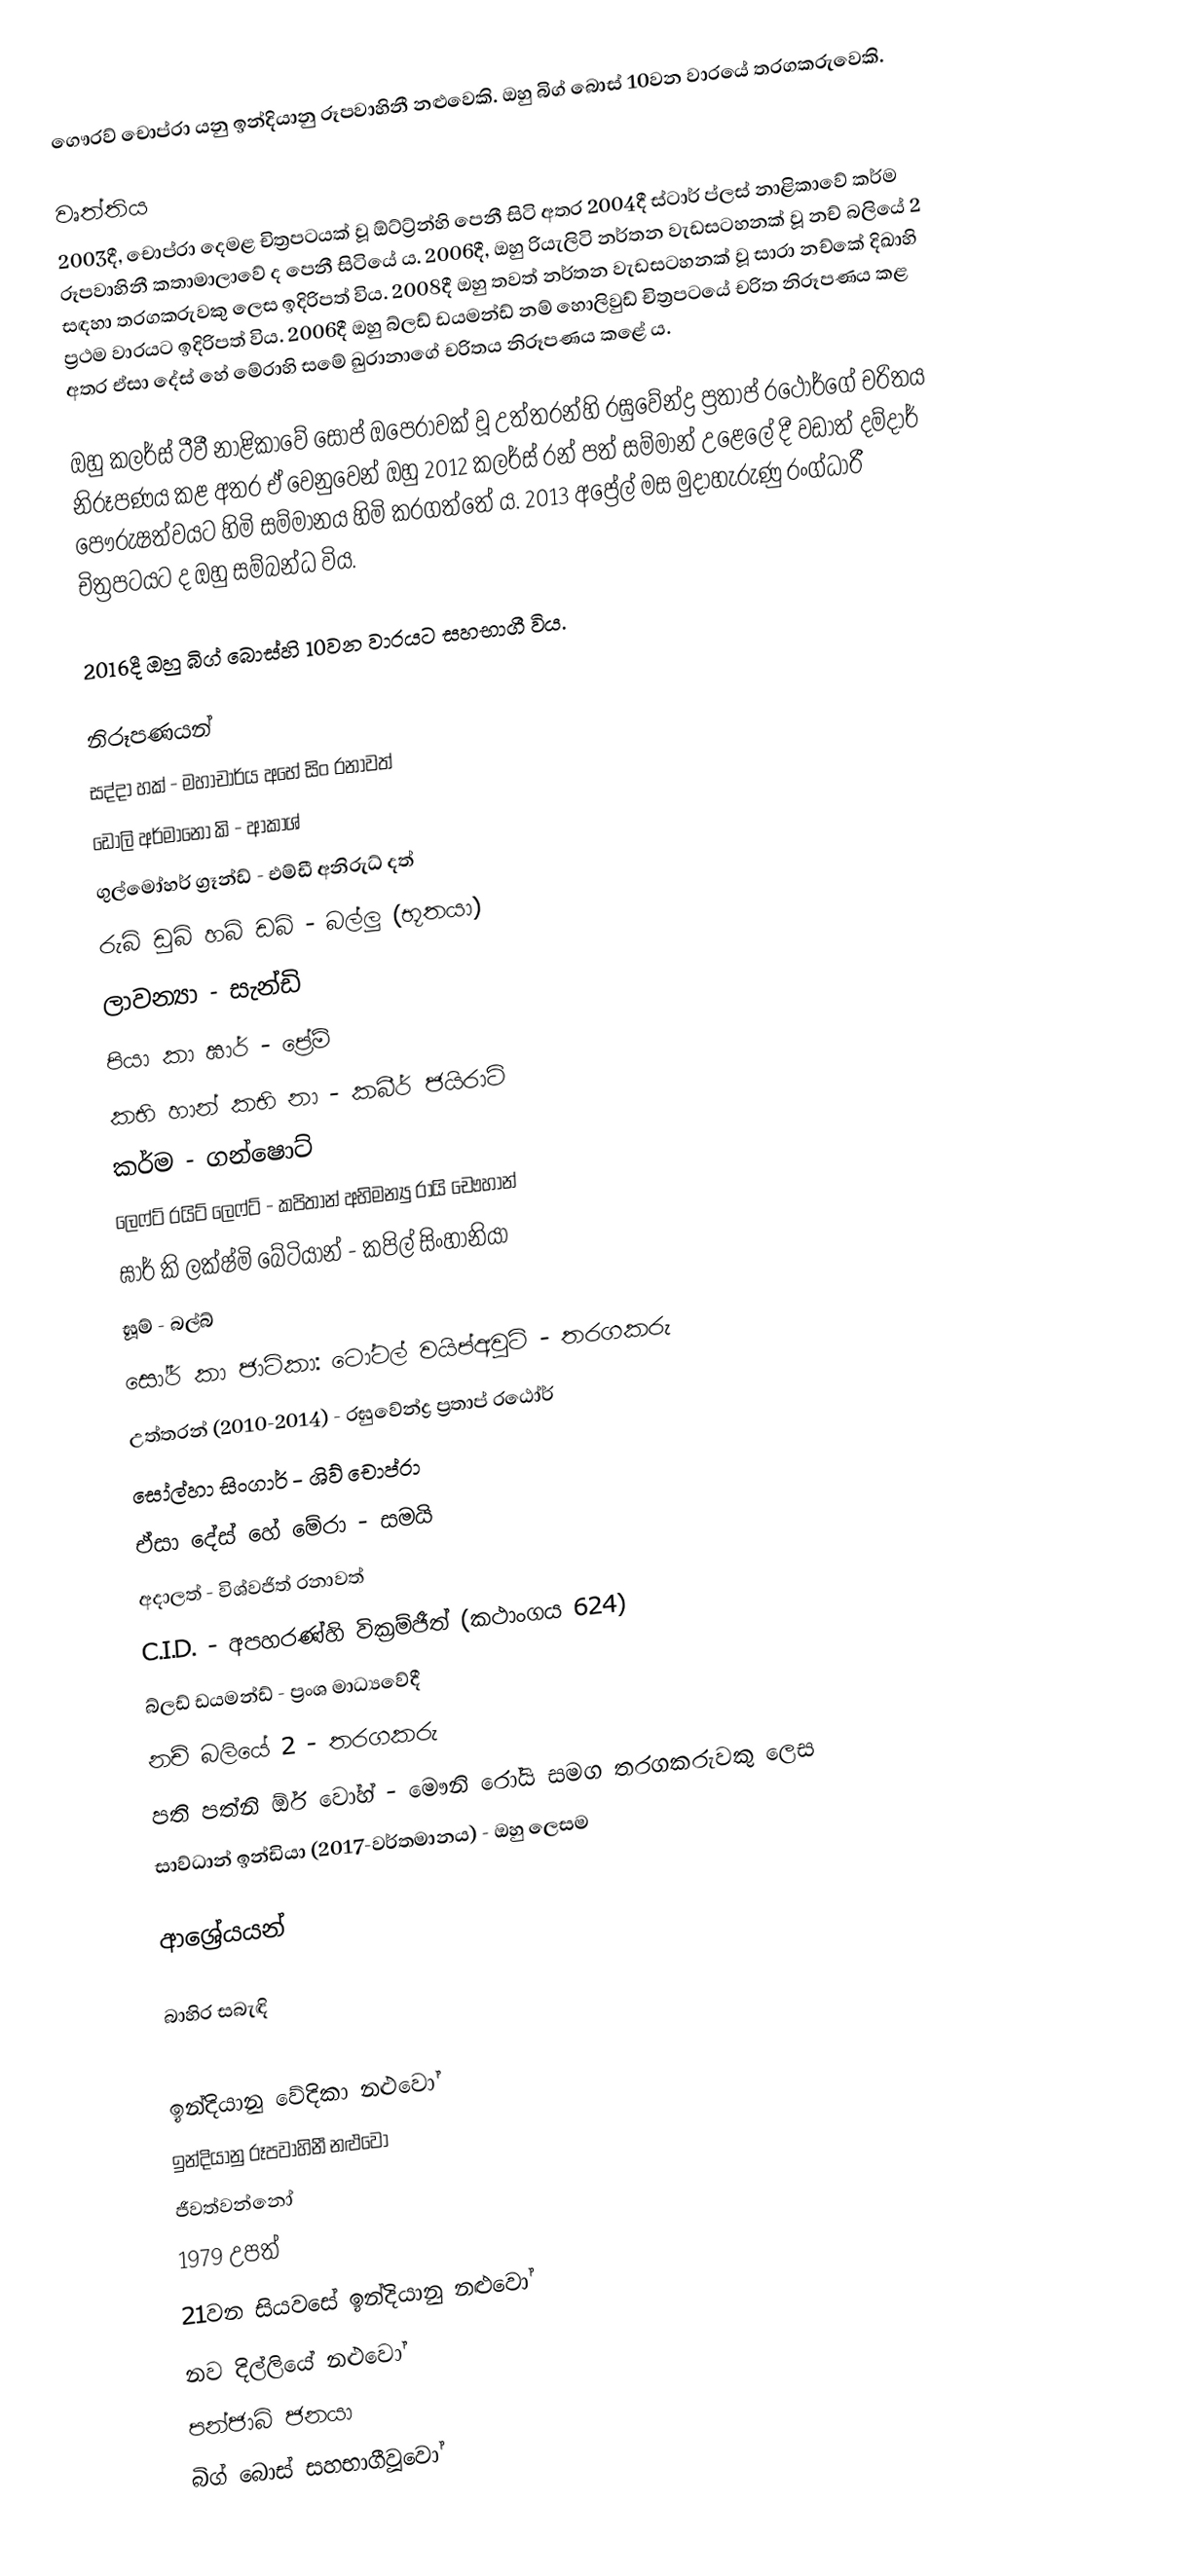
ගෞරව් චොප්රා යනු ඉන්දියානු රූපවාහිනී නළුවෙකි. ඔහු බිග් බොස් 10වන වාරයේ තරගකරුවෙකි.

වෘත්තිය
2003දී, චොප්රා දෙමළ චිත්‍රපටයක් වූ ඕට්ට්‍ර්න්හි පෙනී සිටි අතර 2004දී ස්ටාර් ප්ලස් නාළිකාවේ කර්ම රූපවාහිනී කතාමාලාවේ ද පෙනී සිටියේ ය. 2006දී, ඔහු රියැලිටි නර්තන වැඩසටහනක් වූ නච් බලියේ 2 සඳහා තරගකරුවකු ලෙස ඉදිරිපත් විය. 2008දී ඔහු තවත් නර්තන වැඩසටහනක් වූ සාරා නච්කේ දිඛාහි ප්‍රථම වාරයට ඉදිරිපත් විය. 2006දී ඔහු බ්ලඩ් ඩයමන්ඩ් නම් හොලිවුඩ් චිත්‍රපටයේ චරිත නිරූපණය කළ අතර ඒසා දේස් හේ මේරාහි සමේ ඛුරානාගේ චරිතය නිරූපණය කළේ ය.

ඔහු කලර්ස් ටීවී නාළිකාවේ සෝප් ඔපෙරාවක් වූ උත්තරන්හි රඝුවේන්ද්‍ර ප්‍රතාප් රථෝර්ගේ චරිතය නිරූපණය කළ අතර ඒ වෙනුවෙන් ඔහු 2012 කලර්ස් රන් පත් සම්මාන් උළෙලේ දී වඩාත් දම්දාර් පෞරුෂත්වයට හිමි සම්මානය හිමි කරගත්තේ ය. 2013 අප්‍රේල් මස මුදාහැරුණු රංග්ධාරී චිත්‍රපටයට ද ඔහු සම්බන්ධ විය.

2016දී ඔහු බිග් බොස්හි 10වන වාරයට සහභාගී විය.

නිරූපණයන්
 සද්දා හක් - මහාචාර්ය අභේ සිං රනාවත්
 ඩෝලි අර්මානෝ කි - ආකාශ්
 ගුල්මෝහර් ග්‍රෑන්ඩ් - එම්ඩී අනිරුධ් දත්
 රුබි ඩුබි හබ් ඩබ් - බල්ලු (භූතයා)
 ලාවන්‍යා - සැන්ඩි
 පියා කා ඝාර් - ප්‍රේම්
 කභි හාන් කභි නා - කබීර් ජයිරාට්
 කර්ම - ගන්ෂොට්
 ලෙෆ්ට් රයිට් ලෙෆ්ට් - කපිතාන් අභිමන්‍යු රායි චෞහාන්
 ඝාර් කි ලක්ෂ්මි බේටියාන් - කපිල් සිංහානියා
 ඝූම් - බල්බ්
 සෝර් කා ජාට්කා: ටෝටල් වයිප්අවුට් - තරගකරු
 උත්තරන් (2010-2014) - රඝුවේන්ද්‍ර ප්‍රතාප් රඨෝර්
 සෝල්හා සිංගාර් - ශිව් චොප්රා
 ඒසා දේස් හේ මේරා - සමයි
 අදාලත් - විශ්වජිත් රනාවත්
  C.I.D. - අපහරණ්හි වික්‍රම්ජීත් (කථාංගය 624)
 බ්ලඩ් ඩයමන්ඩ් - ප්‍රංශ මාධ්‍යවේදී
 නච් බලියේ 2 - තරගකරු
 පති පත්නි ඕර් වෝහ් - මෞනි රෝයි සමග තරගකරුවකු ලෙස
 සාව්ධාන් ඉන්ඩියා (2017-වර්තමානය) - ඔහු ලෙසම

ආශ්‍රේයයන්

බාහිර සබැඳි

ඉන්දියානු වේදිකා නළුවෝ
ඉන්දියානු රූපවාහිනී නළුවෝ
ජීවත්වන්නෝ
1979 උපත්
21වන සියවසේ ඉන්දියානු නළුවෝ
නව දිල්ලියේ නළුවෝ
පන්ජාබි ජනයා
බිග් බොස් සහභාගීවූවෝ